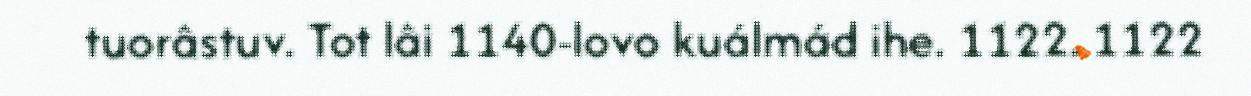
tuorâstuv. Tot lâi 1140-lovo kuálmád ihe. 1122. 1122